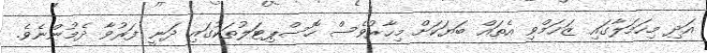
އަދި މިހަމަލާގައި ޒަޚަމްވި އެތައް ބަޔަކަށް މިހާރުވެސް ހޮސްޕިޓަލުތަކުގައި ދަނީ ފަރުވާ ދެމުންނެވެ.